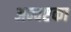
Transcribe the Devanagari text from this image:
अन्वष्टका